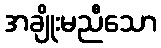
အချိုးမညီသော